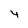
Character: 4